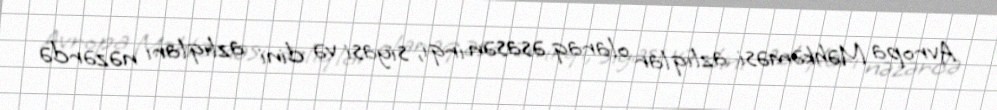
Avropa Məhkəməsi azlıqlar olaraq əsasən irqi, siyasi və dini azlıqları nəzərdə